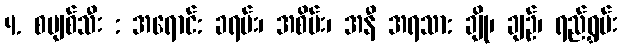
4. စပျစ်သီး : အရောင်: ခရမ်း၊ အစိမ်း၊ အနီ အရသာ: ချို၊ ချဉ်၊ ရည်ရွှမ်း